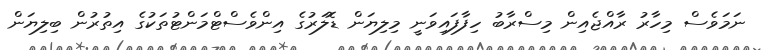
ނަމަވެސް މިހާރު ރާއްޖެއިން މިސްރާބު ހިފާފައިވަނީ މިލިޔަން ޑޮލަރުގެ އިންވެސްޓްމަންޓުތަކުގެ އިތުރުން ބިލިޔަން